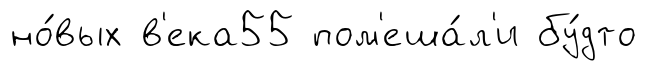
но́вых в'ека55 пом'еша́л'и бу́дто